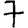
Digit: 7